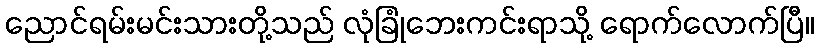
ညောင်ရမ်းမင်းသားတို့သည် လုံခြုံဘေးကင်းရာသို့ ရောက်လောက်ပြီ။